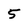
Character: 5